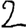
Digit: 2